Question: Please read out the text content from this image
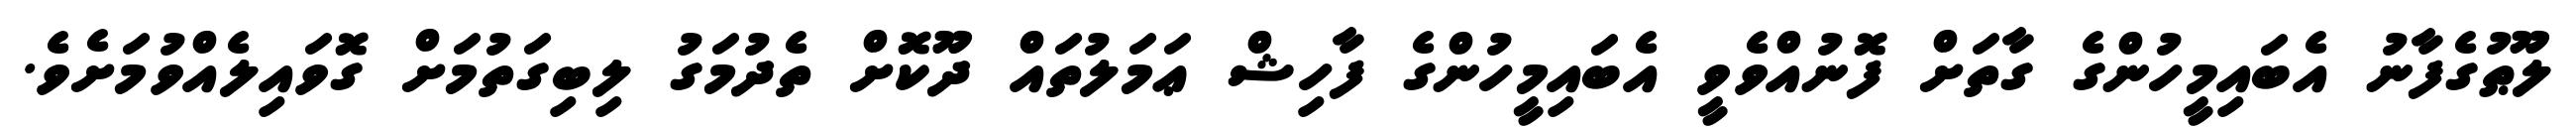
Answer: ލޫޠުގެފާނު އެބައިމީހުންގެ ގާތަށް ފޮނުއްވެވީ އެބައިމީހުންގެ ފާހިޝް ޢަމަލުތައް ދޫކޮށް ތެދުމަގު ލިބިގަތުމަށް ގޮވައިލެއްވުމަށެވެ.